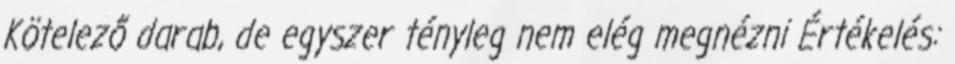
Kötelező darab, de egyszer tényleg nem elég megnézni Értékelés: